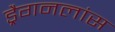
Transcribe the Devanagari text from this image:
ड्रैगनलांस